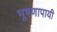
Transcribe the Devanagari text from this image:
भूषणापायी